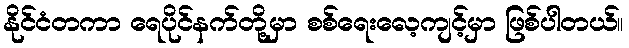
နိုင်ငံတကာ ရေပိုင်နက်တို့မှာ စစ်ရေးလေ့ကျင့်မှာ ဖြစ်ပါတယ်။